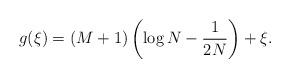
LaTeX: \begin{align*} g(\xi) = (M+1)\left(\log N - \frac{1}{2N}\right) + \xi. \end{align*}